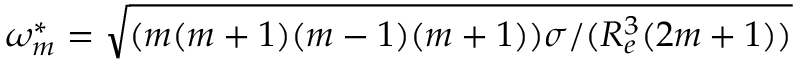
\omega _ { m } ^ { * } = \sqrt { ( m ( m + 1 ) ( m - 1 ) ( m + 1 ) ) \sigma / ( R _ { e } ^ { 3 } ( 2 m + 1 ) ) }